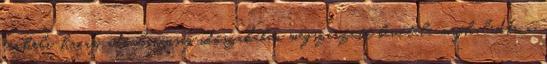
terheli, ha az adóalanyiság időszakában megszerzett bevétele meghaladta a